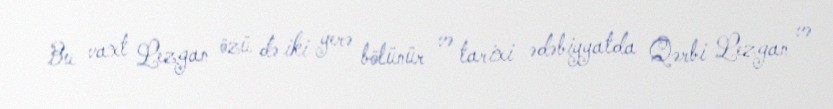
Bu vaxt Lezgan özü də iki yerə bölünür və tarixi ədəbiyyatda Qərbi Lezgan və